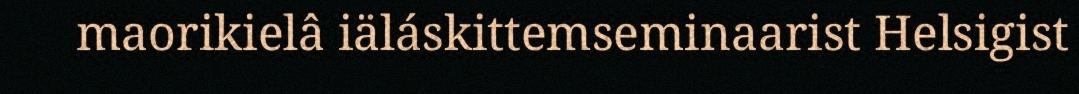
maorikielâ iäláskittemseminaarist Helsigist